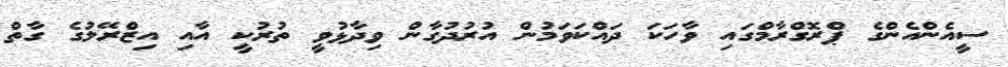
ސީއެންއެންގެ ޕްރޮގްރާމްގައި ވާހަކަ ދައްކަވަމުން އުރުދުގާން ވިދާޅުވީ ތުރުކީ އާއި އިޒްރޭލުގެ ގާތް